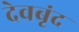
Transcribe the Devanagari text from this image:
देवबृंद